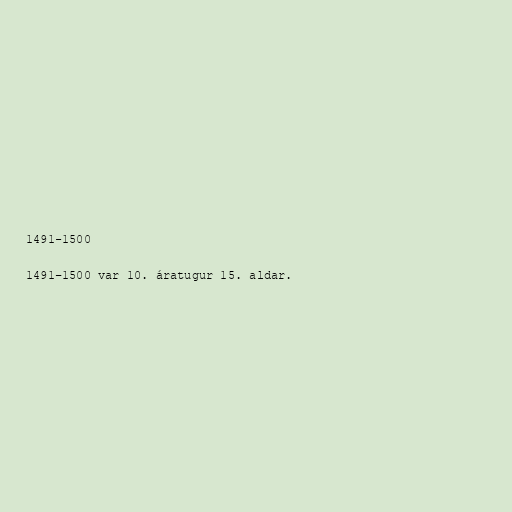
1491-1500

1491–1500 var 10. áratugur 15. aldar.